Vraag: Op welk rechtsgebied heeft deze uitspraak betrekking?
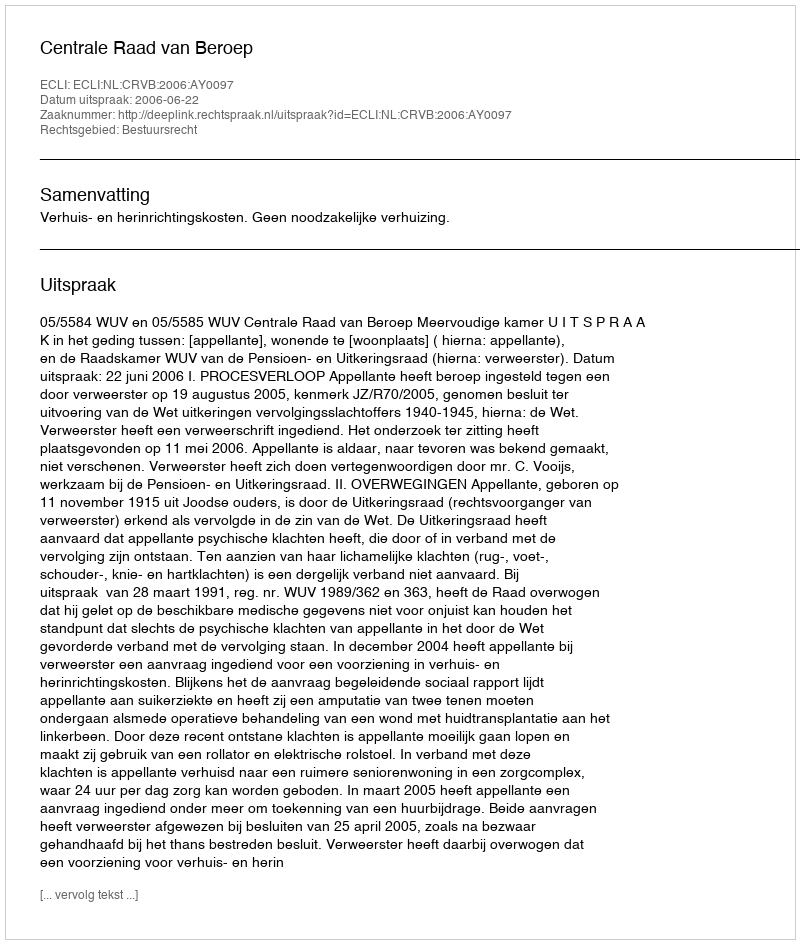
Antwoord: Bestuursrecht